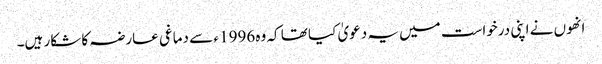
انھوں نے اپنی درخواست میں یہ دعویٰ کیا تھا کہ وہ 1996 ء سے دماغی عارضہ کا شکار ہیں۔